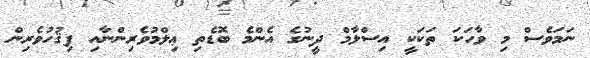
ނަމަވެސް މި ވާހަކަ ތަކަކީ އިސްލާމް ދީނުގެ އެންމެ ބޮޑެތި ޢިލްމުވެރިންނާއި ފިޤުހުވެރިން